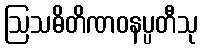
ဩသဓိတိဏဝနပ္ပတီသု